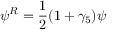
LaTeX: \psi ^ { R } = { \frac { 1 } { 2 } } ( 1 + \gamma _ { 5 } ) \psi